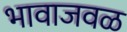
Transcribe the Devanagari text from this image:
भावाजवळ